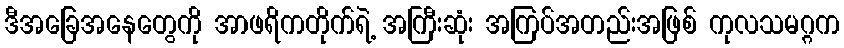
ဒီအခြေအနေတွေကို အာဖရိကတိုက်ရဲ့ အကြီးဆုံး အကြပ်အတည်းအဖြစ် ကုလသမဂ္ဂက